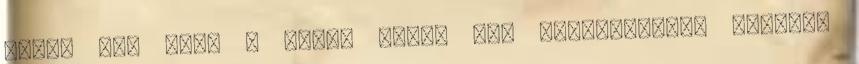
miről van szó. A képek tehát nem technikailag akartak